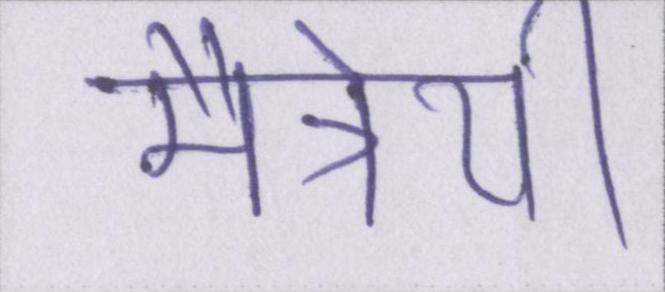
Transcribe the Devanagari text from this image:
मैत्रेयी